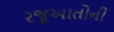
રજૂઆતોની